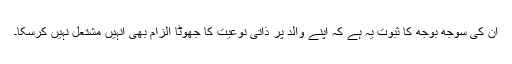
ان کی سوجھ بوجھ کا ثبوت یہ ہے کہ اپنے والد پر ذاتی نوعیت کا جھوٹا الزام بھی انہیں مشتعل نہیں کرسکا۔